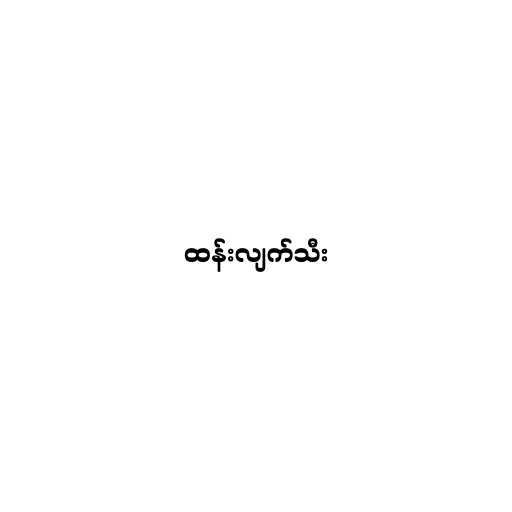
ထန်းလျက်သီး